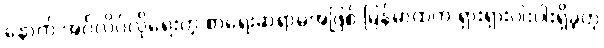
နောက် အင်္ဂလိပ်လိုရေးတဲ့ စာရေးဆရာမအဖြစ် မြန်မာထဲက ရှားရှားပါးပါးရှိခဲ့တဲ့